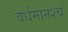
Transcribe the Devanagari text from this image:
वर्धमानश्च